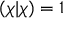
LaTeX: ( \chi | \chi ) = 1